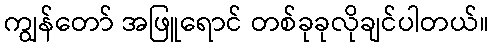
ကျွန်တော် အဖြူရောင် တစ်ခုခုလိုချင်ပါတယ်။